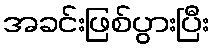
အခင်းဖြစ်ပွားပြီး